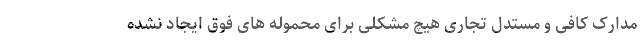
مدارک کافی و مستدل تجاری هیچ مشکلی برای محموله های فوق ایجاد نشده